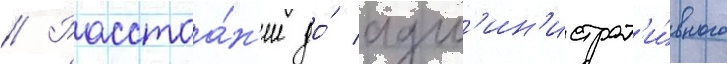
// Расстоа́н'ие до́ адм'ин'истрат'и́вного